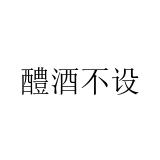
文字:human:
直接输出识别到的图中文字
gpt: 醴酒不设